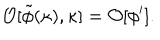
{ \cal O } [ \tilde { \phi } ( \kappa ) , \kappa ] = { \cal O } [ \phi ^ { \prime } ] .